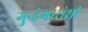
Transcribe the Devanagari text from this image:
गुन्हेगारांशी